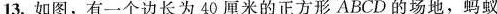
13.如图，有一个边长为40厘米的正方形ABCD的场地，蚂蚁